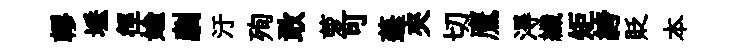
轇埵徑媮劘汙殉敢萝可蓬夾切鷹淂纖矩絝貶本